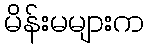
မိန်းမများက